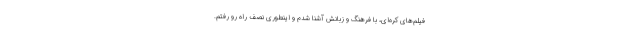
فیلم‌های کره‌ای، با فرهنگ و زبانش آشنا شدم و اینطوری نصف راه رو رفتم.